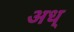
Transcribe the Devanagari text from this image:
अध्